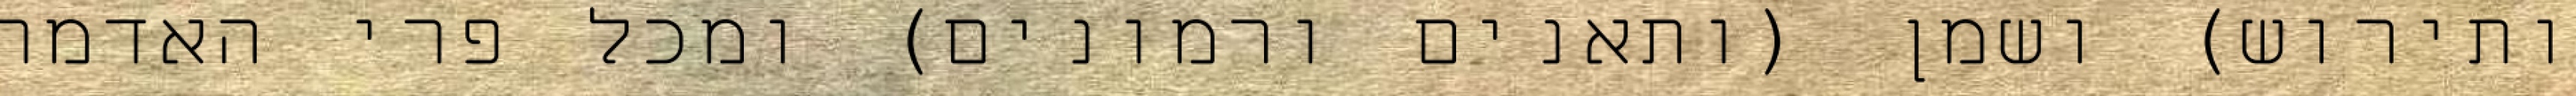
ותירוש) ושמן (ותאנים ורמונים) ומכל פרי האדמה